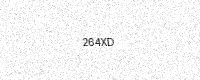
Text: 264XD